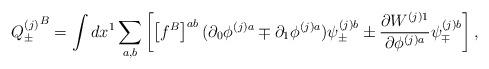
LaTeX: \begin{align*}{Q_{\pm}^{(j)}}^B =\int d x^1 \sum_{a,b}\left[\left[f^B\right]^{ab} (\partial_0 \phi^{(j)a} \mp\partial_1 \phi^{(j)a}) \psi_{\pm}^{(j)b} \pm\frac{\partial W^{(j)1}}{\partial \phi^{(j)a}} \psi_{\mp}^{(j)b}\right],\end{align*}